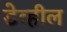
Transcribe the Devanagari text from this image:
डेव्हील